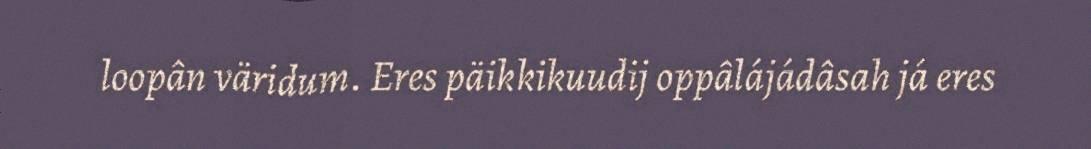
loopân väridum. Eres päikkikuudij oppâlájádâsah já eres